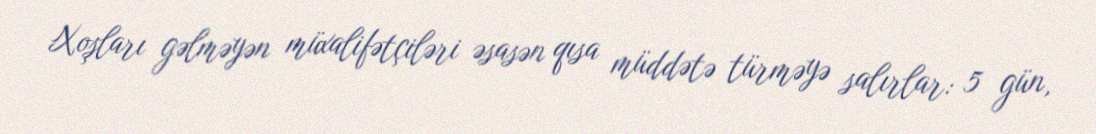
Xoşları gəlməyən müxalifətçiləri əsasən qısa müddətə türməyə salırlar: 5 gün,